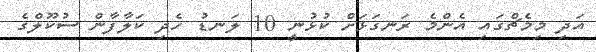
އަދި މިމެޗްގައި އެންމެ ރަނގަޅަށް ކުޅުނީ 10 ލަނޑު ހެދި ކަލާފާން ސުކޫލްގެ